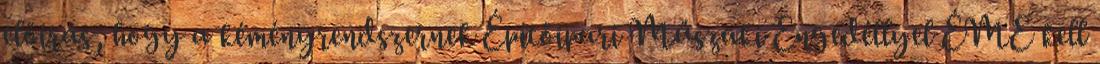
előírás, hogy a kéményrendszernek Építőipari Műszaki Engedéllyel ÉME kell